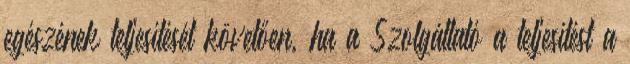
egészének teljesítését követően, ha a Szolgáltató a teljesítést a